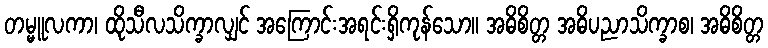
တမ္မူလကာ၊ ထိုသီလသိက္ခာလျှင် အကြောင်းအရင်းရှိကုန်သော။ အဓိစိတ္တ အဓိပညာသိက္ခာစ၊ အဓိစိတ္တ